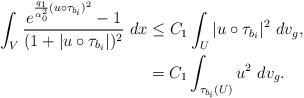
LaTeX: \begin{align*} \int_{V} \frac{e^{\frac{q_1}{\alpha_0^2}(u \circ \tau_{b_i})^2} - 1}{(1 + |u \circ \tau_{b_i}|)^2} \ dx &\leq C_1 \int_{U} |u \circ \tau_{b_i}|^2 \ dv_g , \\ &= C_1 \int_{\tau_{b_i}(U)} u^2 \ dv_g .\end{align*}